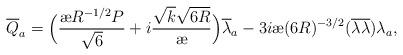
LaTeX: \begin{align*}{\overline{Q}}_a = \Big(\frac{{\mbox{\ae}} R^{-1/2} P}{\sqrt {6}} + i \frac{\sqrt{k} \sqrt{6R}}{{\mbox{\ae}}} \Big ) {\overline{\lambda}_a} - 3i{\mbox{\ae}} (6 R)^{-3/2} ({\overline{\lambda}} {\overline{\lambda}})\lambda_a, \end{align*}